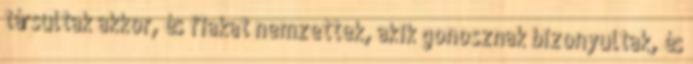
társultak akkor, és fiakat nemzettek, akik gonosznak bizonyultak, és